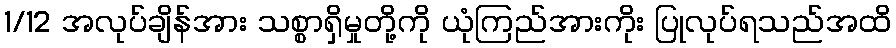
1/12 အလုပ်ချိန်အား သစ္စာရှိမှုတို့ကို ယုံကြည်အားကိုး ပြုလုပ်ရသည်အထိ